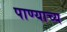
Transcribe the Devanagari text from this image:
पाण्याच्य